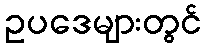
ဥပဒေများတွင်